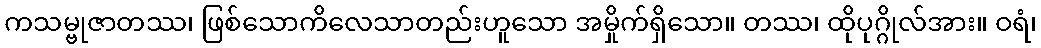
ကသမ္ဗုဇာတဿ၊ ဖြစ်သောကိလေသာတည်းဟူသော အမှိုက်ရှိသော။ တဿ၊ ထိုပုဂ္ဂိုလ်အား။ ဝရံ၊